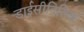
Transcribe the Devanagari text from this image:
डाईसीदितिक